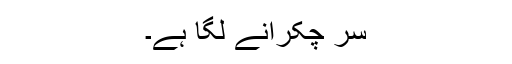
سر چکرانے لگا ہے۔